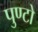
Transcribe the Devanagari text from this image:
पुण्टो